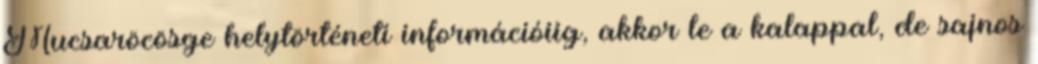
Mucsaröcösge helytörténeti információiig, akkor le a kalappal, de sajnos